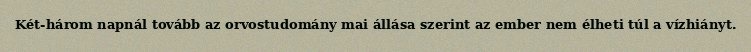
Két-három napnál tovább az orvostudomány mai állása szerint az ember nem élheti túl a vízhiányt.